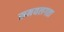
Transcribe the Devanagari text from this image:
समयलगता